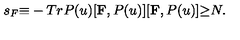
s _ { F } { \equiv } - T r P ( u ) [ { \bf F } , P ( u ) ] [ { \bf F } , P ( u ) ] { \geq } N .